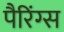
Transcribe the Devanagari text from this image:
पैरिंग्स